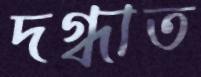
দগ্ধাত